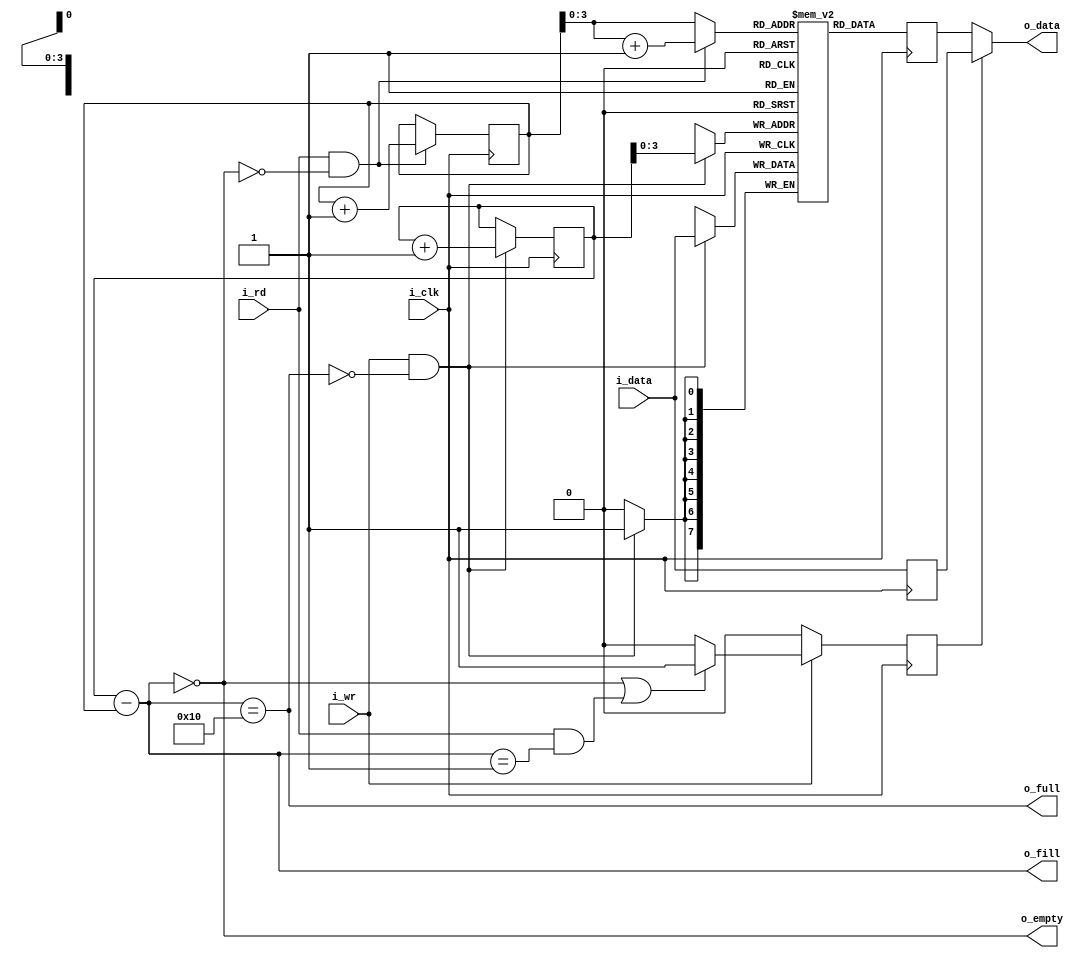
module sfifo(i_clk, i_wr, i_data, o_full, o_fill, i_rd, o_data, o_empty);
	parameter	BW=8;	// Byte/data width
	parameter 	LGFLEN=4;
	//
	//
	input	wire		i_clk;
	//
	// Write interface
	input	wire		i_wr;
	input	wire [(BW-1):0]	i_data;
	output	reg 		o_full;
	output	reg [LGFLEN:0]	o_fill;
	//
	// Read interface
	input	wire		i_rd;
	output	reg [(BW-1):0]	o_data;
	output	reg		o_empty;	// True if FIFO is empty
	// 

	reg	[(BW-1):0]	fifo_mem[0:(1<<LGFLEN)-1];
	reg	[LGFLEN:0]	wr_addr, rd_addr;
	reg	[LGFLEN-1:0]	rd_next;


	wire	w_wr = (i_wr && !o_full);
	wire	w_rd = (i_rd && !o_empty);

	//
	// Write a new value into our FIFO
	//
	initial	wr_addr = 0;
	always @(posedge i_clk)
	if (w_wr)
		wr_addr <= wr_addr + 1'b1;

	always @(posedge i_clk)
	if (w_wr)
		fifo_mem[wr_addr[(LGFLEN-1):0]] <= i_data;


	//
	// Read a value back out of it
	//
	initial	rd_addr = 0;
	always @(posedge i_clk)
	if (w_rd)
		rd_addr <= rd_addr + 1;

	//always @(*)
	//	o_data = fifo_mem[rd_addr[LGFLEN-1:0]];
	
	//
	// Read bypass for ICE40 devices
	//
	reg [BW-1:0] bypass_data;
	initial bypass_data = 0;

	always @(posedge i_clk)
		bypass_data <= i_data;
	
	always @(*)
		rd_next = rd_addr[LGFLEN-1:0] + 1;
	// Read from memory
	reg [BW-1:0] rd_data;
	//initial rd_data = 0; This has to be commented out
	//otherwise yosys does not infere RAM.
	always @(posedge i_clk)
		rd_data <= fifo_mem[(w_rd)?rd_next:rd_addr[LGFLEN-1:0]];
	
	always @(*)
		o_data = (bypass_valid) ? bypass_data : rd_data;

	reg bypass_valid;
	initial bypass_valid = 0;
	always @(posedge i_clk)
	begin
		bypass_valid <= 1'b0;
		if (!i_wr)
			// If we haven't written to the
			// FIFO in the last cycle, the
			// memory read will be good
			bypass_valid <= 1'b0;
		else if (o_empty || (i_rd && (o_fill == 1)))
			// Otherwise if we read, and the
			// memory is now empty, use
			// register value
			bypass_valid <= 1'b1;
	end

	//
	// Return some metrics of the FIFO, it's current fill level,
	// whether or not it is full, and likewise whether or not it is
	// empty
	//
	always @(*)
		o_fill = wr_addr - rd_addr;
	always @(*)
		o_full = o_fill == { 1'b1, {(LGFLEN){1'b0}} };
	always @(*)
		o_empty = (o_fill  == 0);

	
	/*The next block is commented out for the ICE40 read implementation*/
	//always @(*)
	//	rd_next = rd_addr[LGFLEN-1:0] + 1;


	//// Make Verilator happy
	//// verilator lint_off UNUSED
	//wire	[LGFLEN-1:0]	unused;
	//assign	unused = rd_next;
	//// verilator lint_on  UNUSED

////////////////////////////////////////////////////////////////////////////////
////////////////////////////////////////////////////////////////////////////////
//
//
//
// FORMAL METHODS
//
//
////////////////////////////////////////////////////////////////////////////////
////////////////////////////////////////////////////////////////////////////////
//
`ifdef	FORMAL

//
// Assumptions about our input(s)
//
//
`ifdef	SFIFO
`define	ASSUME	assume
`else
`define	ASSUME	assert
`endif

	reg	f_past_valid;

	//
	// Assertions about our outputs
	//
	//

	initial	f_past_valid = 1'b0;
	always @(posedge i_clk)
		f_past_valid <= 1'b1;

	wire	[LGFLEN:0]	f_fill, f_next, f_empty;
	assign	f_fill = wr_addr - rd_addr;
	assign	f_empty = (wr_addr == rd_addr);
	assign	f_next = rd_addr + 1'b1;

	always @(*)
	begin
		assert(f_fill <= { 1'b1, {(LGFLEN){1'b0}}});
		assert(o_fill == f_fill);

		assert(o_full  == (f_fill == {1'b1, {(LGFLEN){1'b0}}}));
		assert(o_empty == (f_fill == 0));
		assert(rd_next == f_next[LGFLEN-1:0]);
	end

	// removed for ICE40 RAM infer
//	always @(*)
//		assert(fifo_mem[rd_addr] == o_data);


	////////////////////////////////////////////////////////////////////////
	//
	// Formal contract:
	//
	// If you write two values in succession, you should be able to read
	// those same two values in succession some time later.
	//
	////////////////////////////////////////////////////////////////////////
	//
	//
	(* anyconst *)	reg	[LGFLEN:0]	f_first_addr;
			reg	[LGFLEN:0]	f_second_addr;
	(* anyconst *)	reg	[BW-1:0]	f_first_data, f_second_data;

	always @(*)
		f_second_addr = f_first_addr + 1;

	reg	f_first_addr_in_fifo,  f_first_in_fifo;
	reg	f_second_addr_in_fifo, f_second_in_fifo;
	reg	[LGFLEN:0]	f_distance_to_first, f_distance_to_second;

	always @(*)
	begin
		f_distance_to_first = (f_first_addr - rd_addr);
		f_first_addr_in_fifo = 0;
		if ((f_fill != 0) && (f_distance_to_first < f_fill))
			f_first_addr_in_fifo = 1;
		else
			f_first_addr_in_fifo = 0;
	end

	always @(*)
	begin
		f_distance_to_second = (f_second_addr - rd_addr);
		if ((f_fill != 0) && (f_distance_to_second < f_fill))
			f_second_addr_in_fifo = 1;
		else
			f_second_addr_in_fifo = 0;
	end

	reg	[1:0]	f_state;
	initial	f_state = 2'b0;
	always @(posedge i_clk)
	case(f_state)
	2'h0: if (w_wr && (wr_addr == f_first_addr)
			&& (i_data == f_first_data))
		// Wrote first value
		f_state <= 2'h1;
	2'h1: if (w_rd && rd_addr == f_first_addr)
			// Test sprung early
			f_state <= 2'h0;
		else if (w_wr)
		f_state <= (i_data == f_second_data)
			? 3'h2 : 2'h0;
	2'h2: if (i_rd && rd_addr == f_first_addr)
			f_state <= 2'h3;
	2'h3: if (i_rd)
			f_state <= 2'h0;
	endcase

	always @(*)
	if (f_state == 2'b01)
	begin
		assert(f_first_addr_in_fifo);
		assert(fifo_mem[f_first_addr]
			== f_first_data);
		assert(wr_addr == f_second_addr);
	end

	always @(*)
	if (f_state == 2'b10)
	begin
		assert(f_first_addr_in_fifo);
		assert(fifo_mem[f_first_addr]
			== f_first_data);
		//
		assert(f_second_addr_in_fifo);
		assert(fifo_mem[f_second_addr]
			== f_second_data);

		if (i_rd && rd_addr == f_first_addr)
			assert(o_data == f_first_data);
	end


	always @(*)
	if (f_state == 2'b11)
	begin
		assert(f_second_addr_in_fifo);
		assert(fifo_mem[f_second_addr]
			== f_second_data);

		assert(o_data == f_second_data);
	end


	////////////////////////////////////////////////////////////////////////
	//
	//	Cover properties
	//
	////////////////////////////////////////////////////////////////////////
	//
	//
	reg	f_was_full;
	initial	f_was_full = 0;
	always @(posedge i_clk)
	if (o_full)
		f_was_full <= 1;

	always @(posedge i_clk)
		cover($fell(f_empty));

	always @(posedge i_clk)
		cover($fell(o_empty));

	always @(posedge i_clk)
		cover(f_was_full && f_empty);

	always @(posedge i_clk)
		cover($past(o_full,2)&&(!$past(o_full))&&(o_full));

	always @(posedge i_clk)
	if (f_past_valid)
		cover($past(o_empty,2)&&(!$past(o_empty))&& o_empty);

`endif // FORMAL
endmodule